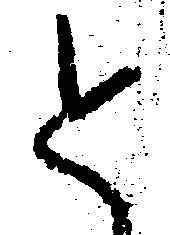
と